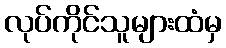
လုပ်ကိုင်သူများထံမှ